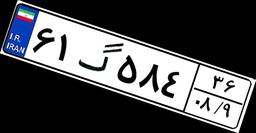
۶۱گ۵۸۴۳۶